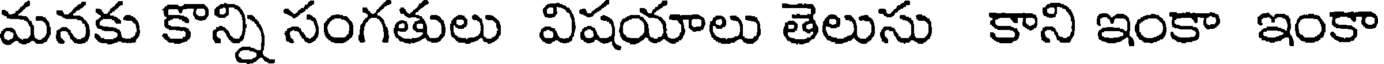
మనకు కొన్ని సంగతులు విషయాలు తెలుసు కాని ఇంకా ఇంకా